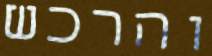
והרכש